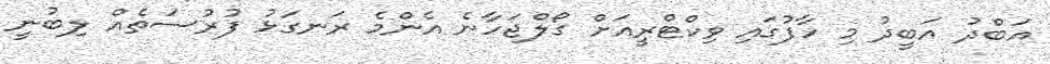
އަބްދު އަބީދު މި ހާފުގައި ވިކްޓްރީއަށް ގޯލްޖަހާނެ އެންމެ ރަނގަޅު ފުރުސަތެއް ލިބުނީ